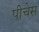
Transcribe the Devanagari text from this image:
पीचेस